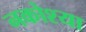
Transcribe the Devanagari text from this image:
नकोश्या